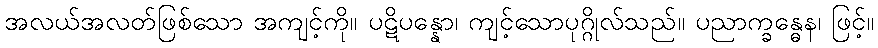
အလယ်အလတ်ဖြစ်သော အကျင့်ကို။ ပဋိပန္နော၊ ကျင့်သောပုဂ္ဂိုလ်သည်။ ပညာက္ခန္ဓေန၊ ဖြင့်။